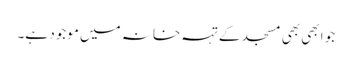
جو ابھی بھی مسجد کے تہہ خانہ میں موجود ہے۔